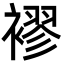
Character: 𮖮